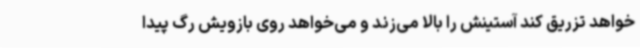
‌خواهد تزریق کند آستینش را بالا می‌زند و می‌خواهد روی بازویش رگ پیدا